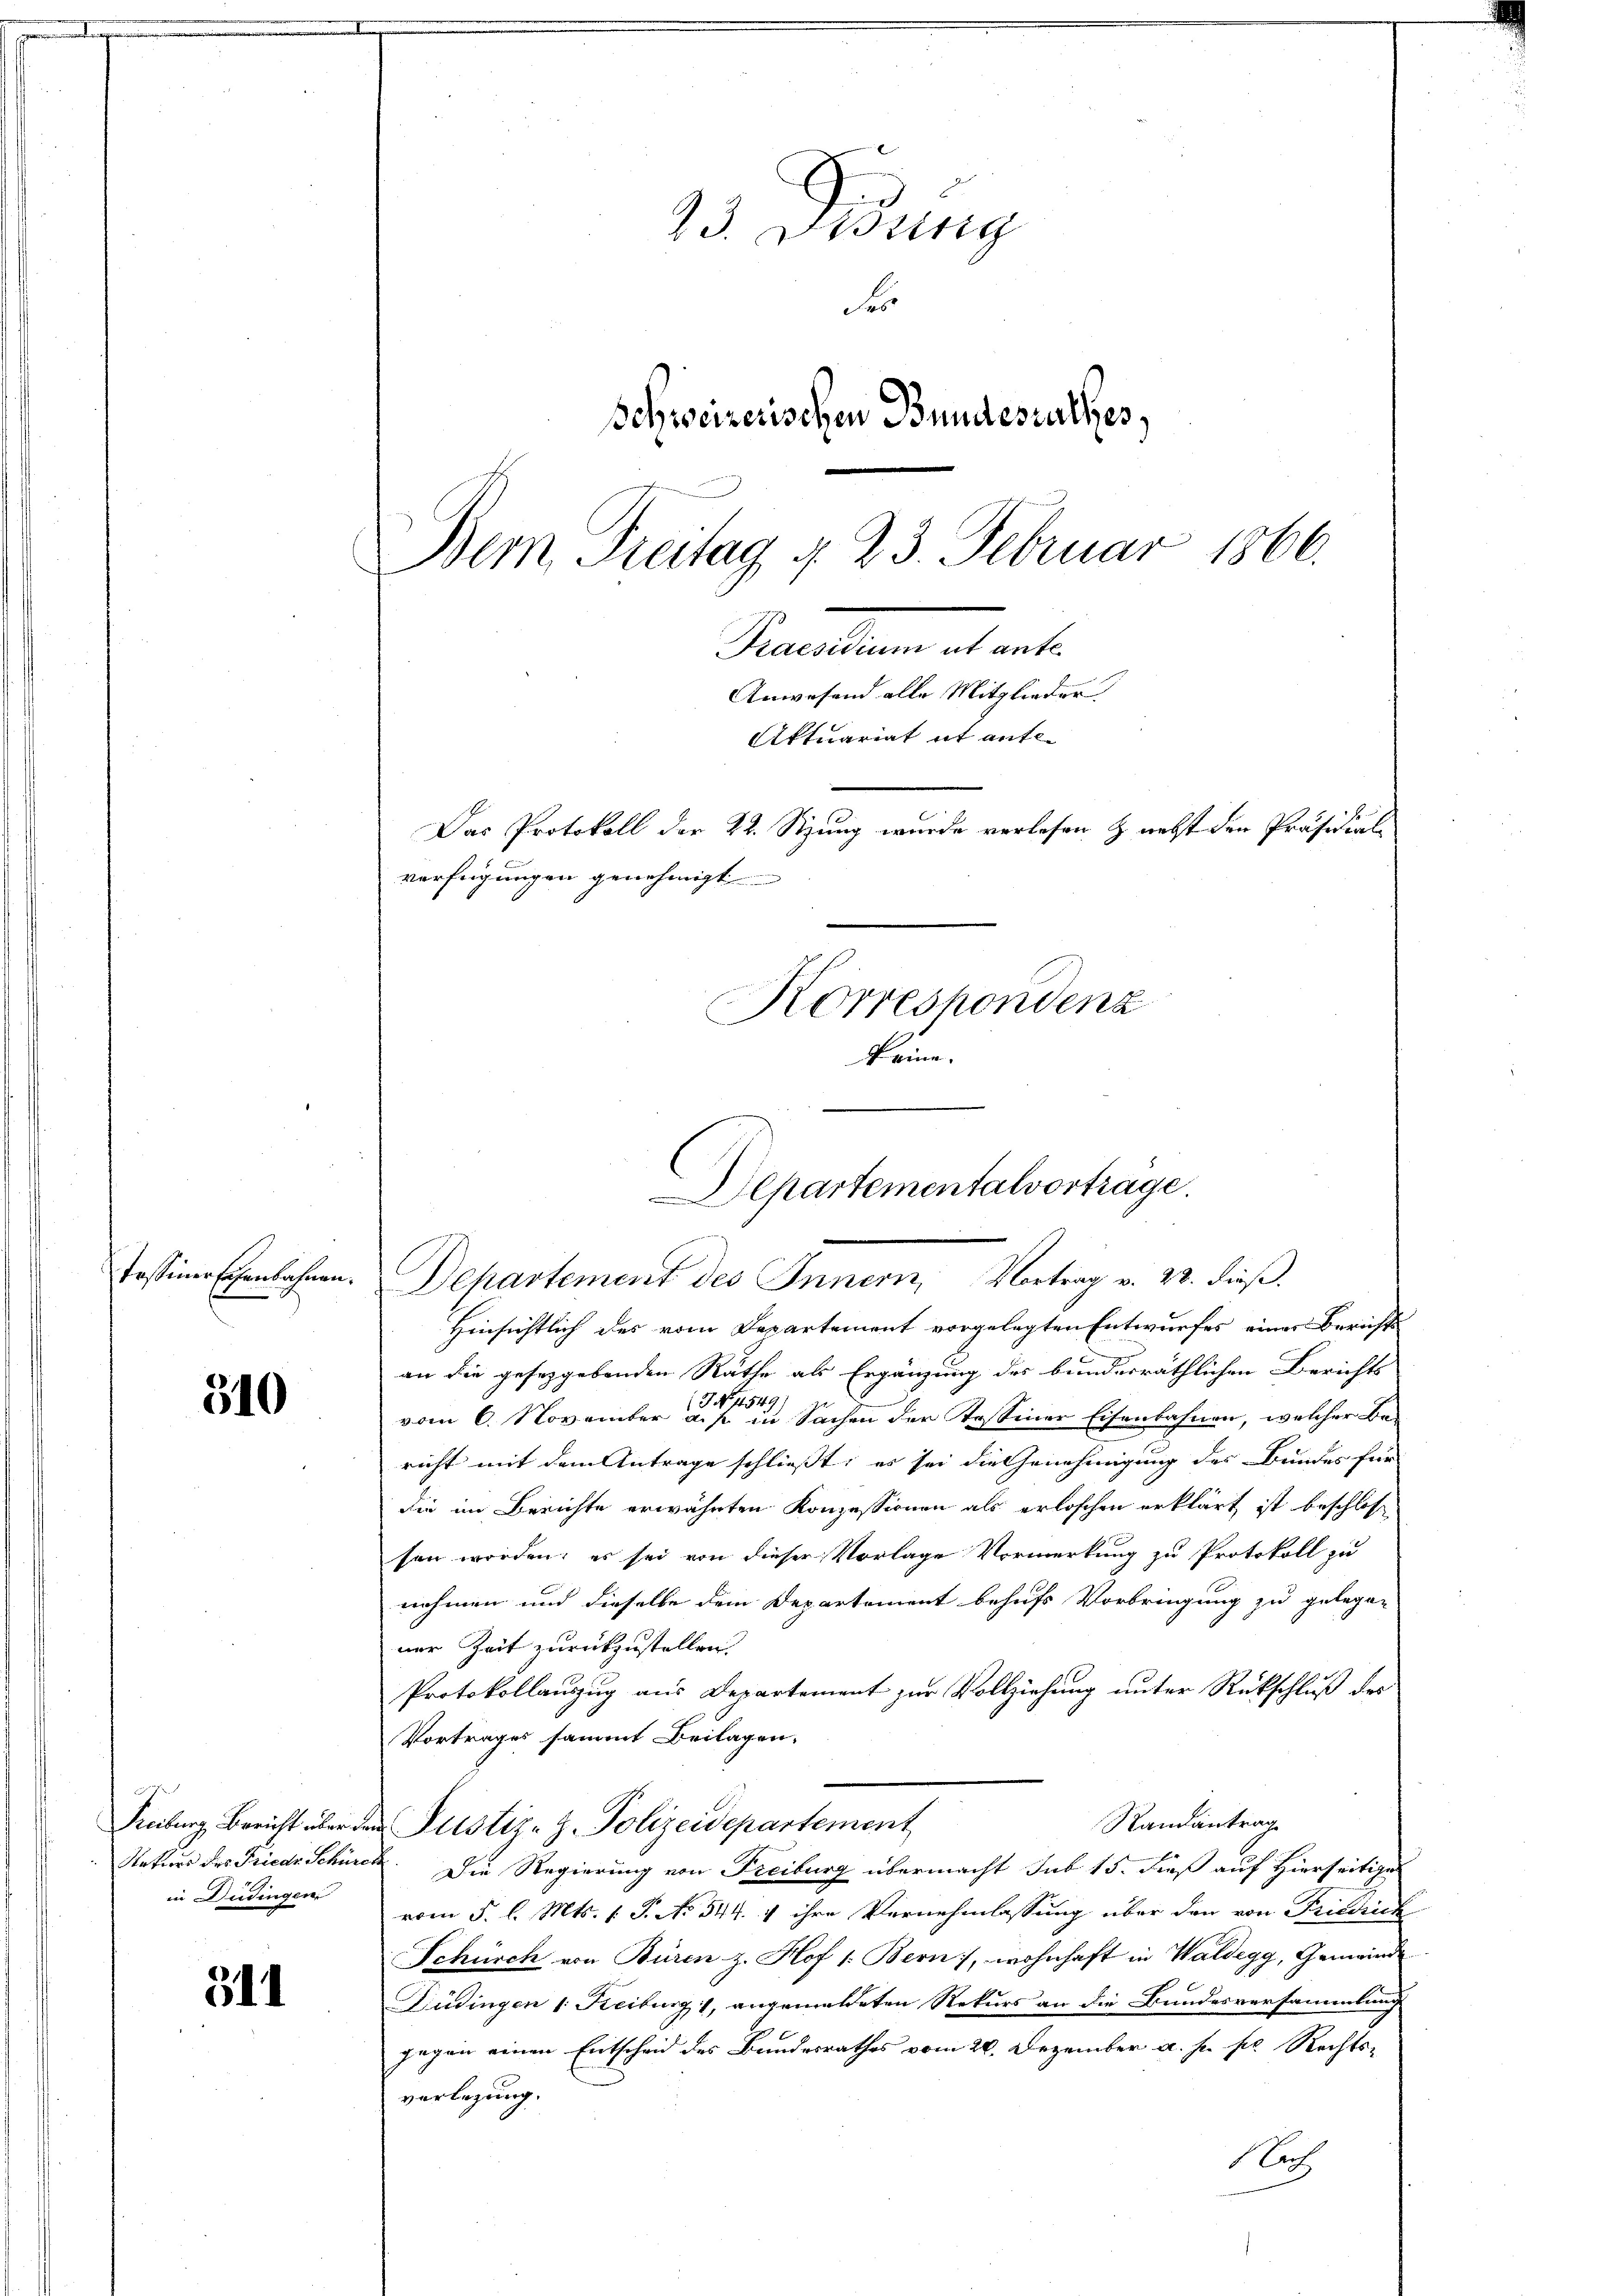
Tessiner schenbahnen.

510

in Dudingen

311

23. Jung
o
Schweizerischen Bundesrathes,
Bemn Freitag d. 23. Februar 1866.

verfügungen genehmigt

Pactum et ent¬
Anwesend alle Mitglieder
Aktuariat it entl
Das Protokoll der 22. Stzung wurde verlesen & nebst den Präsidial-

Korrespondenz
Reu

Departement des Innern Vortrag v. 28. dieβ.
Hinsichtlich des vom Departement vorgelegten Entwurfes eines Berichts
an die gesetzgebenden Räthe als Ergänzung des bundesräthlichen Berichts
J No 11549.
vom 6. November a. p. in Sachen der Tessiner Eisenbahnen, welcher Bericht mit dem Antrage schließt; es sei die Genehmigung des Bundes für
die im Berichte erwähnten Konzessionen als erloschen erklärt ist beschlos
sen worden; es sei von dieser Vorlage Vormerkung zu Protokoll zu
nehmen und dieselbe dem Departement behufs Vorbringung zu gelegen
ner Zeit zurückzustellen.
Protokollauszug aus Departement zur Vollziehung unter Rückschluß des
Vortrages sammt Beilagen.
Randantrage
Freiburg, Bericht über den Justiz-Z. Polizeidepartement
Nekurs des Friedr Schürch. Die Regierung von Freiburg übermacht sub 15. dieß auf Hierseitige
vom 5. l. Mts. 1 S. No 544. v ihre Vernehmlassung über den von Friedrich
Schürch von Büren z. Hof 1. Bern, wohnhaft in Waldegg, Gemeinde
Düdingen 1. Keiburg, angemeldeten Rekurs an die Bundesversammlung
gegen einen Entscheid des Bundesrathes vom 28. Dezember a. s. pr. Rechts-
verlegung.
lutz

Departementalvortrage.